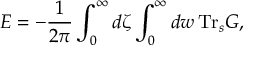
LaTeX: E = - { \frac { 1 } { 2 \pi } } \int _ { 0 } ^ { \infty } d \zeta \int _ { 0 } ^ { \infty } d w \, \mathrm { T r } _ { s } G ,